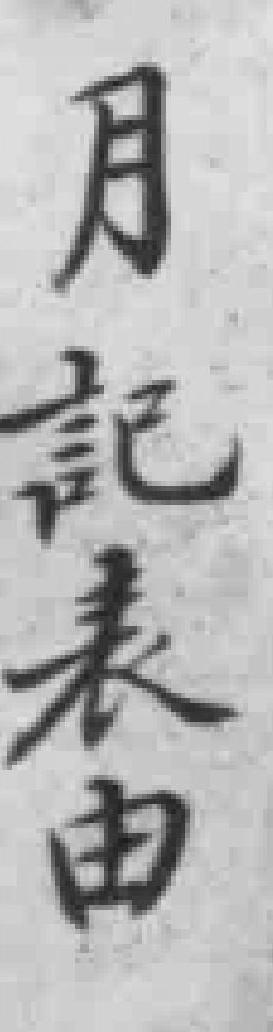
月記表由